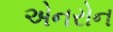
એનરોન